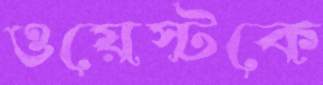
ওয়েস্টকে